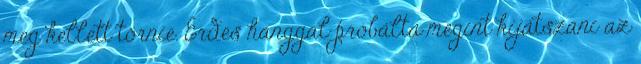
meg kellett törnie. Érdes hanggal próbálta megint kijátszani az